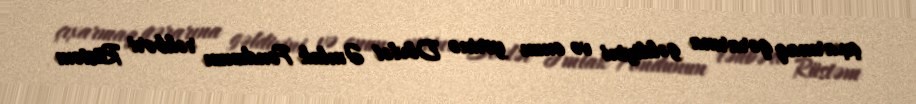
çıxarmaq qərarına gəldiyini və onun yerinə Dövlət Əmlak Fondunun rəhbəri Rüstəm